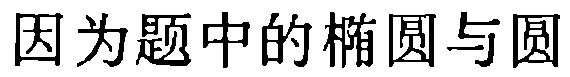
因为题中的椭圆与圆